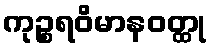
ကုဉ္စရဝိမာနဝတ္ထု